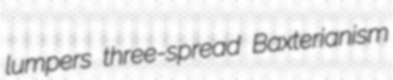
lumpers three-spread Baxterianism